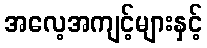
အလေ့အကျင့်များနှင့်